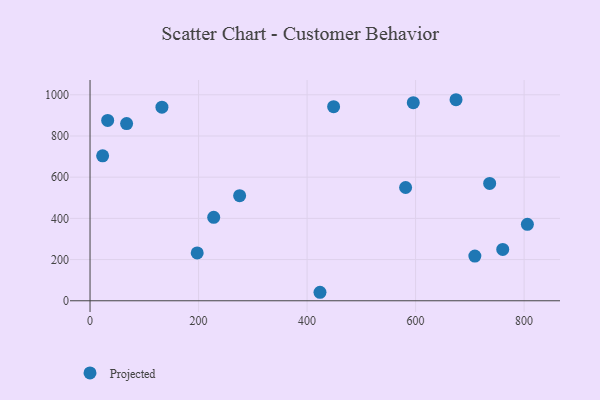
{"axis": {"x": "Speed", "y": "Profit"}, "legend": ["Projected"], "data": [{"x": "67.4", "y": 860.1, "type": "Projected"}, {"x": "760.6", "y": 249.4, "type": "Projected"}, {"x": "275.7", "y": 510.0, "type": "Projected"}, {"x": "32.5", "y": 875.5, "type": "Projected"}, {"x": "581.6", "y": 549.8, "type": "Projected"}, {"x": "709.2", "y": 217.1, "type": "Projected"}, {"x": "423.8", "y": 41.3, "type": "Projected"}, {"x": "23.2", "y": 703.6, "type": "Projected"}, {"x": "448.9", "y": 942.4, "type": "Projected"}, {"x": "227.9", "y": 405.2, "type": "Projected"}, {"x": "736.5", "y": 569.5, "type": "Projected"}, {"x": "197.5", "y": 232.2, "type": "Projected"}, {"x": "674.5", "y": 976.0, "type": "Projected"}, {"x": "595.7", "y": 961.9, "type": "Projected"}, {"x": "806.0", "y": 371.0, "type": "Projected"}, {"x": "132.5", "y": 939.9, "type": "Projected"}]}